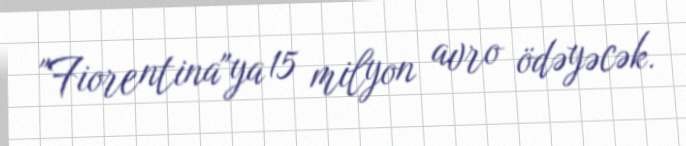
"Fiorentina"ya 15 milyon avro ödəyəcək.